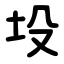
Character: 坄